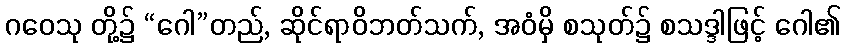
ဂဝေသု တို့၌ “ဂေါ”တည်, ဆိုင်ရာဝိဘတ်သက်, အဝံမှိ စသုတ်၌ စသဒ္ဒါဖြင့် ဂေါ၏